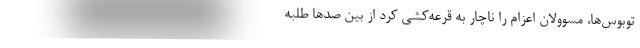
توبوس‌ها، مسوولان اعزام را ناچار به قرعه‌كشي كرد از بين صدها طلبه